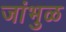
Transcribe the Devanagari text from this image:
जांभुळ